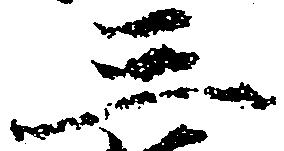
三